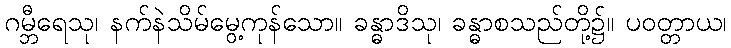
ဂမ္ဘီရေသု၊ နက်နဲသိမ်မွေ့ကုန်သော။ ခန္ဓာဒိသု၊ ခန္ဓာစသည်တို့၌။ ပဝတ္တာယ၊